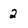
Character: 2